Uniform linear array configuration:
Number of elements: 12
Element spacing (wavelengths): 0.25
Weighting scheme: exponential
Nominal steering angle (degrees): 15
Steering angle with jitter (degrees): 15.207
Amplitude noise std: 0.05
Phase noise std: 0.05

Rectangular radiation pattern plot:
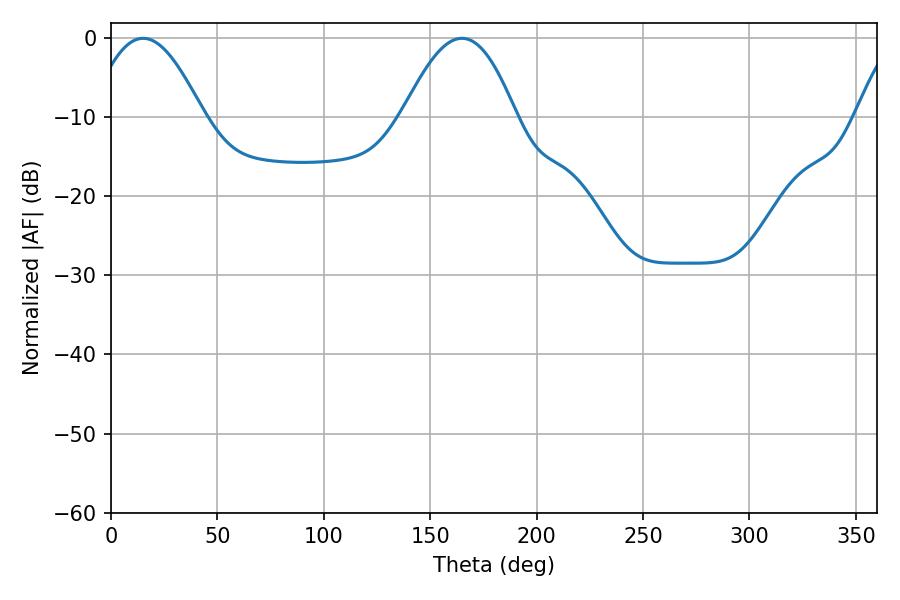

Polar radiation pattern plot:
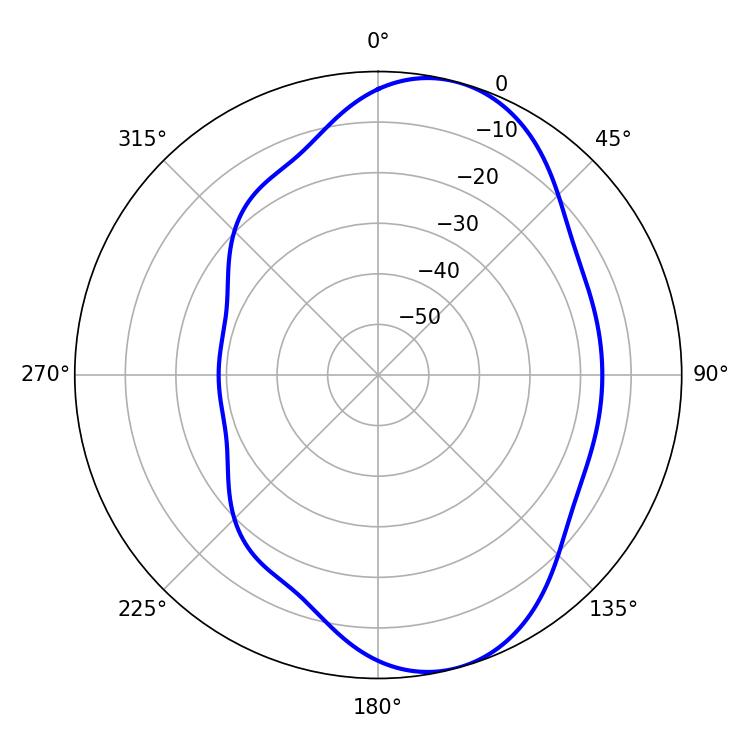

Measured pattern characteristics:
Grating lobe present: FALSE
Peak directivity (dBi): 7.916
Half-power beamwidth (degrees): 28.98
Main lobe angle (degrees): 15.12